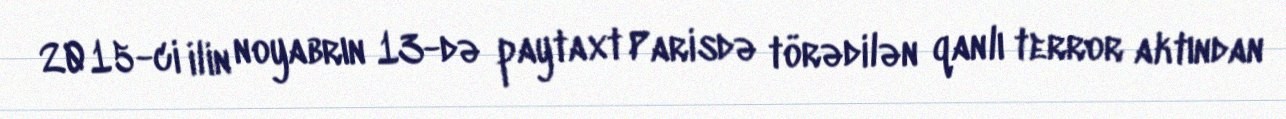
2015-ci ilin noyabrın 13-də paytaxt Parisdə törədilən qanlı terror aktından